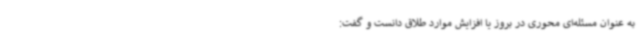
به عنوان مسئله‌ای محوری در بروز یا افزایش موارد طلاق دانست و گفت: